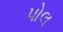
પોલ